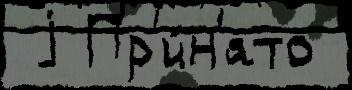
 j Пр'и́н'ято